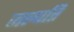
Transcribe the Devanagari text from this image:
जल्पति